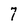
Character: 7